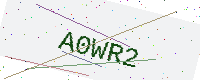
Text: A0WR2